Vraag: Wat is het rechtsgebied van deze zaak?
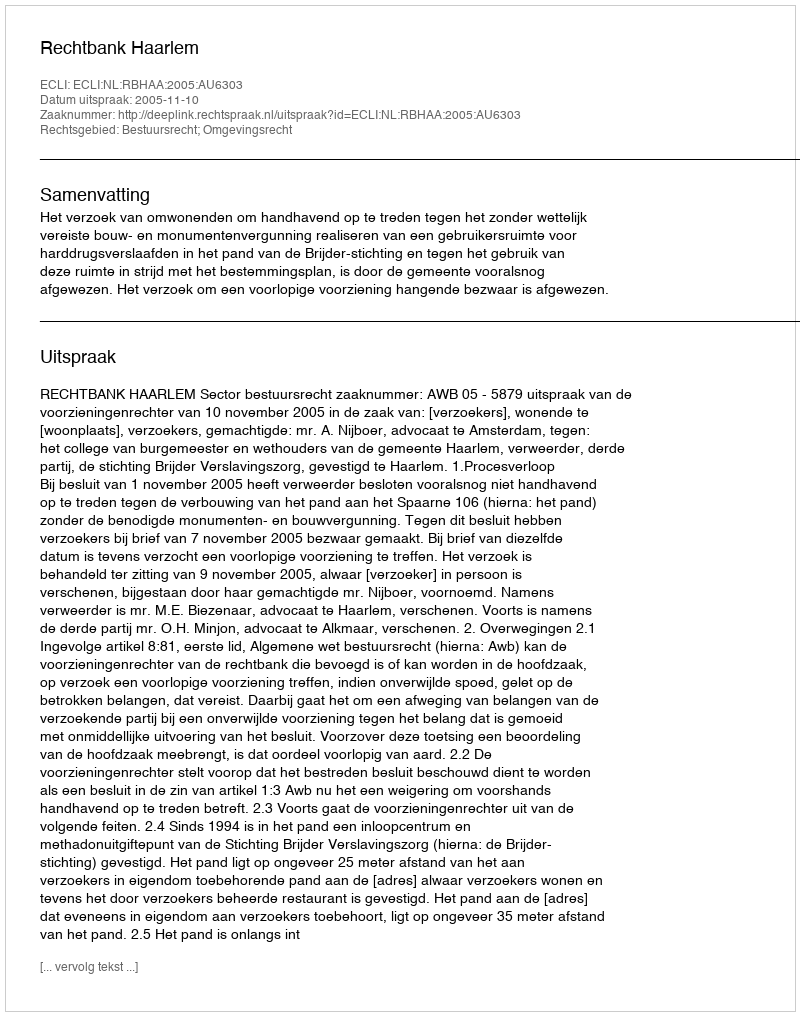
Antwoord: Bestuursrecht; Omgevingsrecht